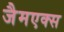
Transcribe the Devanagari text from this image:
जैमएक्स